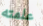
علمته